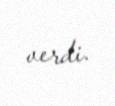
verdi.